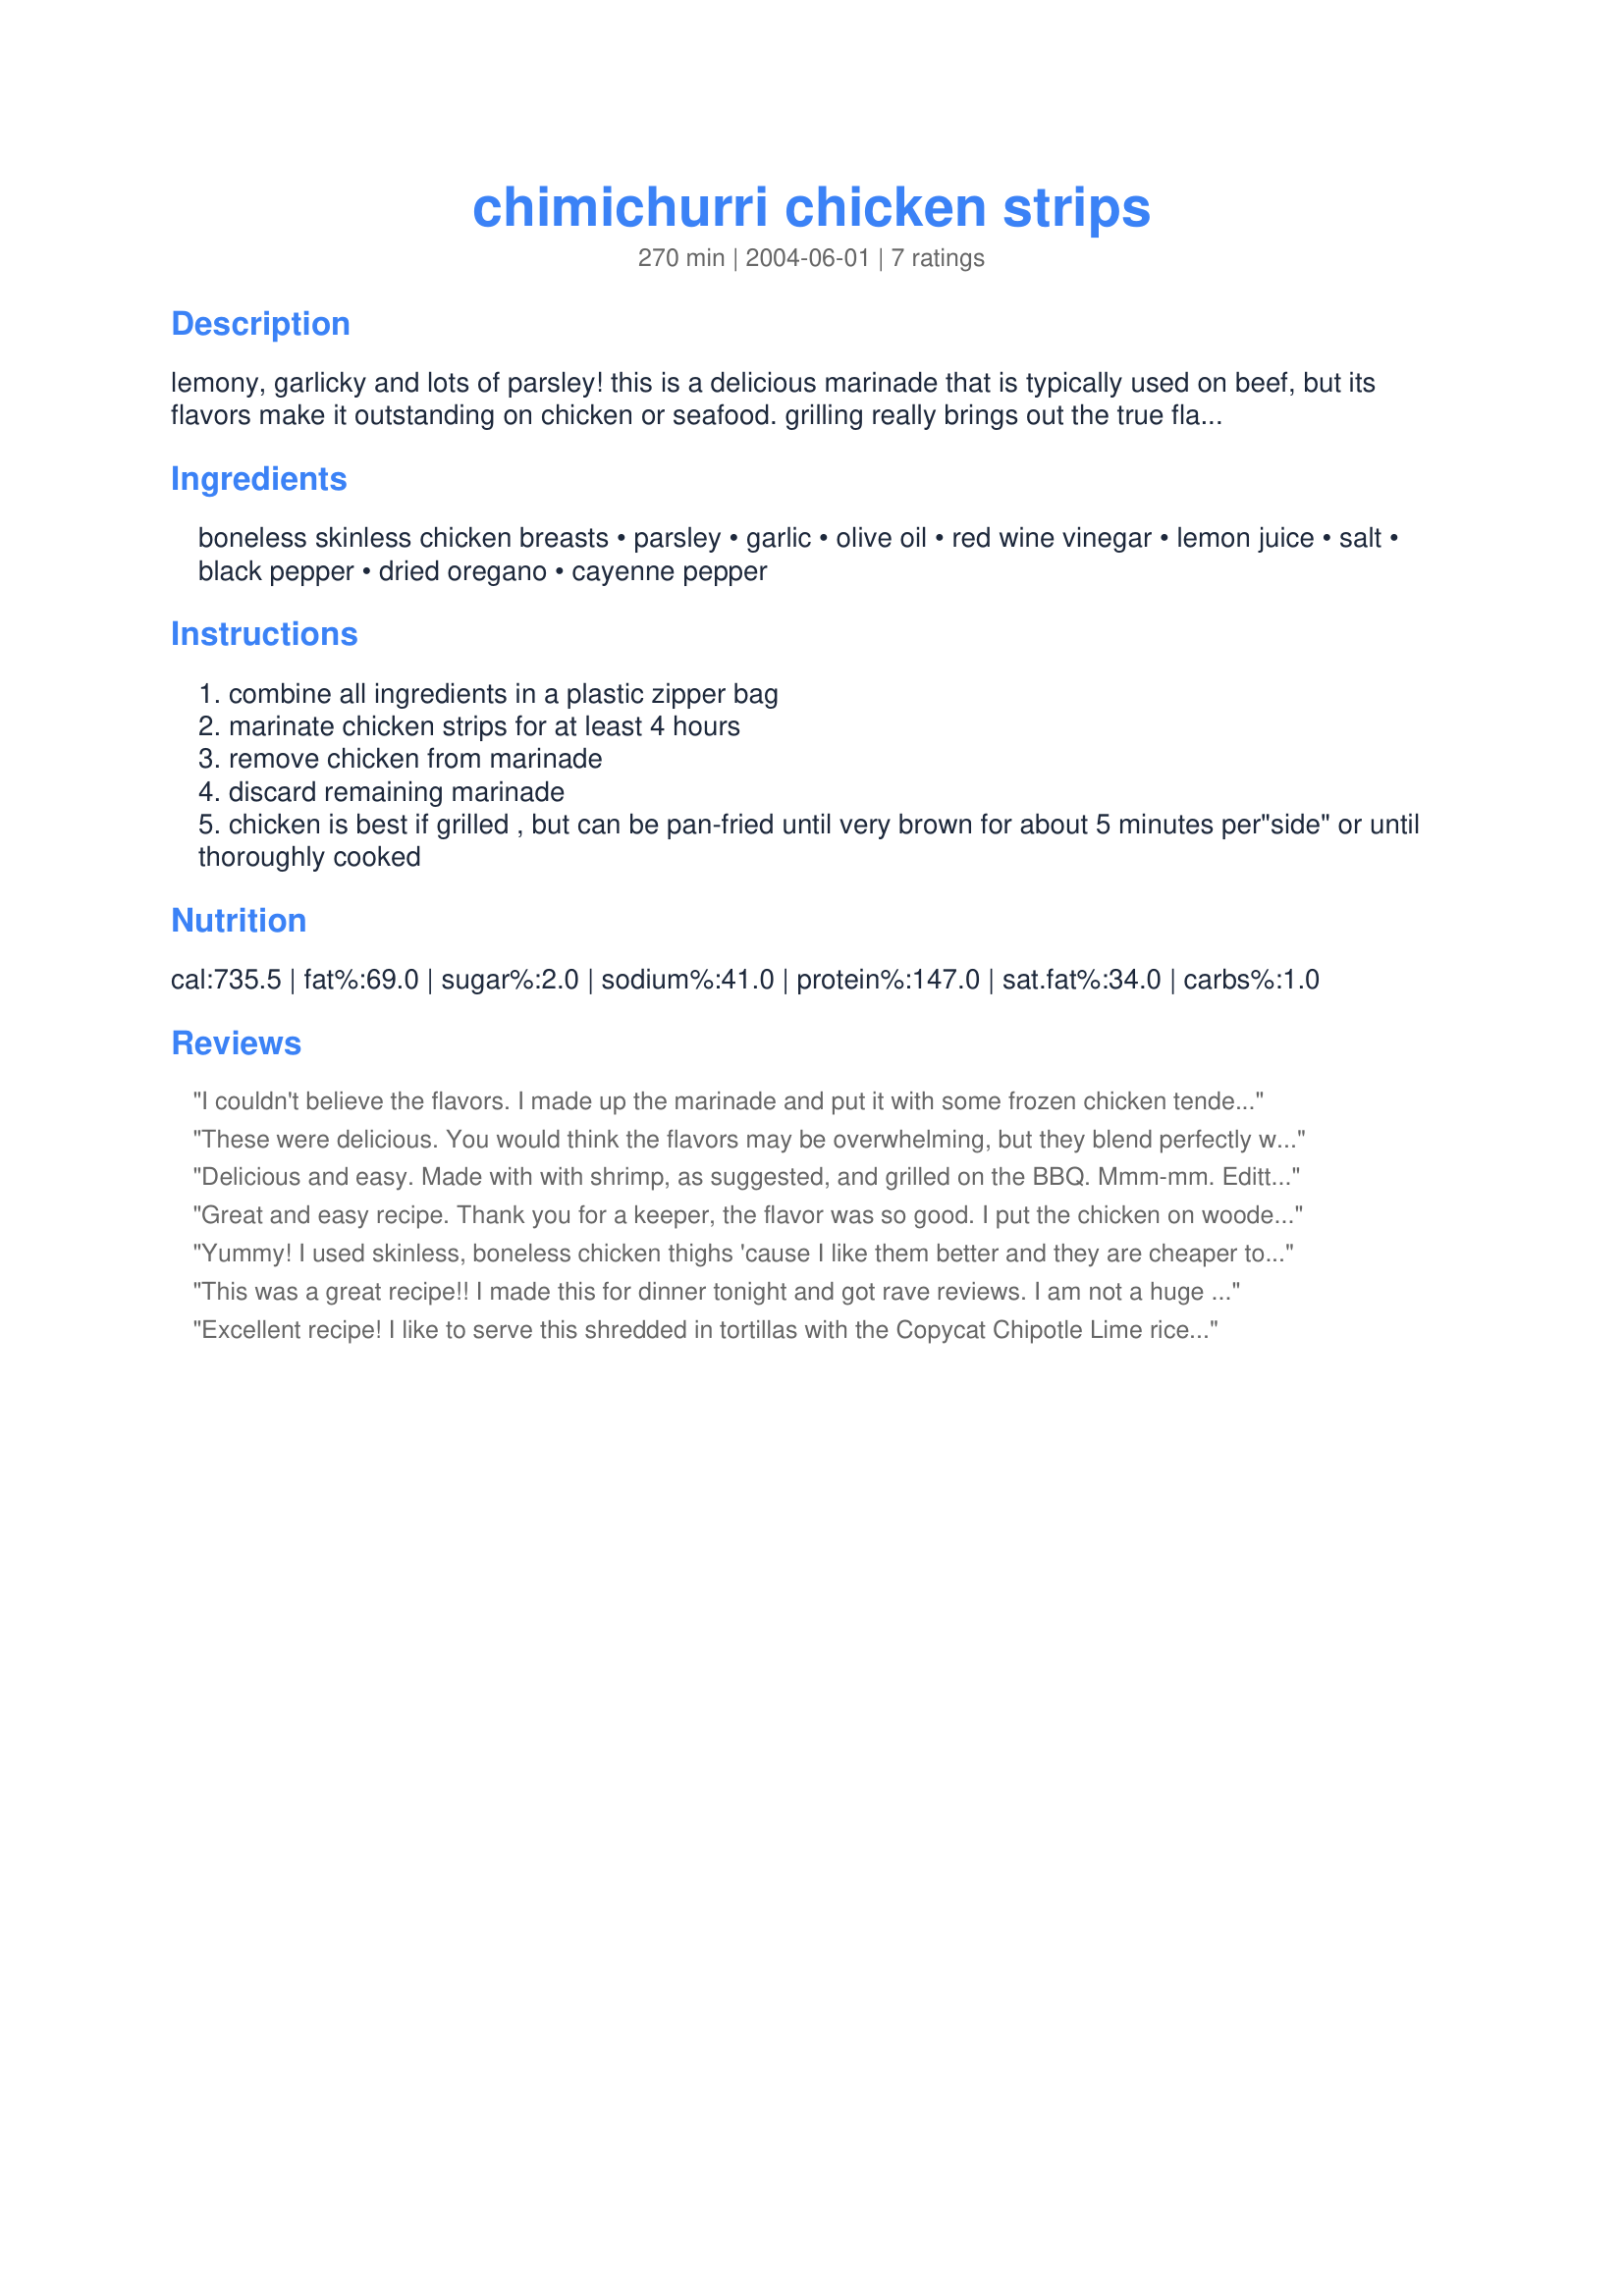
chimichurri chicken strips
Preparation time: 270 minutes

lemony, garlicky and lots of parsley! this is a delicious marinade that is typically used on beef, but its flavors make it outstanding on chicken or seafood. grilling really brings out the true flavor, but a quick turn in a skillet on the stovetop works, too! prep time includes marinating.

Ingredients:
boneless skinless chicken breasts, parsley, garlic, olive oil, red wine vinegar, lemon juice, salt, black pepper, dried oregano, cayenne pepper

Steps:
combine all ingredients in a plastic zipper bag
marinate chicken strips for at least 4 hours
remove chicken from marinade
discard remaining marinade
chicken is best if grilled , but can be pan-fried until very brown for about 5 minutes per"side" or until thoroughly cooked

Reviews:
I couldn't believe the flavors. I made up the marinade and put it with some frozen chicken tenders and kept in the freezer until I was ready to cook them today. Then I let them thaw all day in the refrigerator with a few minutes in the microwave until they were perfectly thawed. Then I cut them into bite size pieces and skewered with some green pepper. Finally I cooked them about 15 minutes on a stove-top grill. Delicious. I also used Italian flat-leaf parsley.
These were delicious. You would think the flavors may be overwhelming, but they blend perfectly with moist, juicy chicken as the result. I used Italian (flat-leaf) parsley because I much prefer its flavor over regular parsley and placed the chicken strips on bamboo skewers for easier grilling. It was a hit and I know I'll be making these again.
Delicious and easy. Made with with shrimp, as suggested, and grilled on the BBQ. Mmm-mm. Editted to add: Made with chicken fillets one week later. Boy is this good!
Great and easy recipe. Thank you for a keeper, the flavor was so good. I put the chicken on wooden skrewers and they were done in about 25 minutes on the grill.
Yummy! I used skinless, boneless chicken thighs 'cause I like them better and they are cheaper too. Followed the recipe to the letter except I used fresh oregano since we have some on hand. I pan fried the chicken (didn't add anything extra to the pan) since I didn't feel like waiting for the grill to heat up. This is a wonderful marinade which I will be making again and again. I used this for Cubano Chicken Rice Bowls With Bananas recipe #100380 and think it was perfect for this recipe. Thanks for a great recipe. 

This was a great recipe!! I made this for dinner tonight and got rave reviews. I am not a huge parsley fan, so I used just a bit of dried parsley and it worked out well. Chicken was grilled and was so moist and tender and juicy. We will make this again!
Excellent recipe! I like to serve this shredded in tortillas with the Copycat Chipotle Lime rice also on this site.
